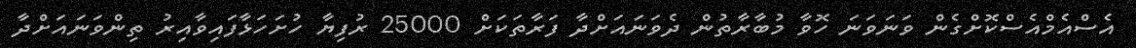
އެސްއެމްއެސްކޮށްގެން ވަނަވަނަ ހޮވާ މުބާރާތުން ދެވަނައަށްދާ ފަރާތަކަށް 25000 ރުފިޔާ ހުށަހަޅާފައިވާއިރު ތިންވަނައަށްދާ